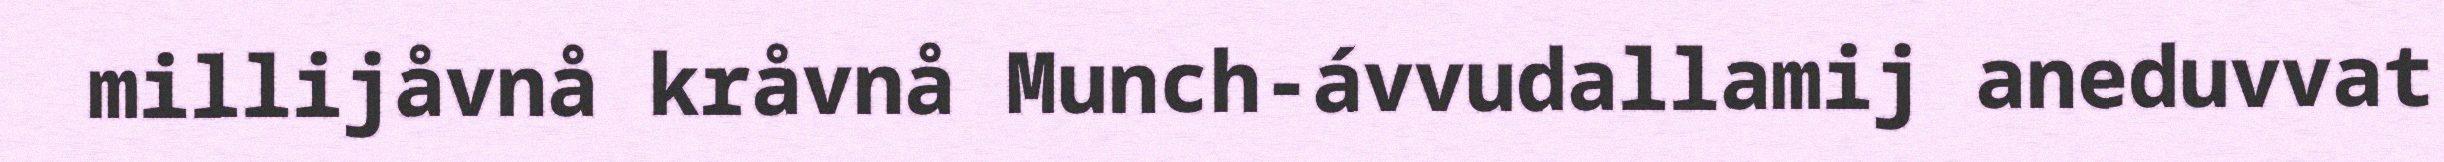
millijåvnå kråvnå Munch-ávvudallamij aneduvvat